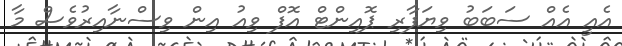
އެއީ އެއް ސަބަބު ވިޔަފާރި ޕޮއިންޓް އޮފް ވިއު އިން ވިސްނާއިރުވެސް މާ